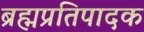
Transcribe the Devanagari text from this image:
ब्रह्मप्रतिपादक